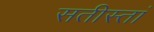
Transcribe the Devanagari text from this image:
सतीस्तां